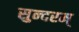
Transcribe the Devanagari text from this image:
सुन्‍दरम्